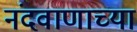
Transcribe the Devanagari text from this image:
नंदवाणाच्या